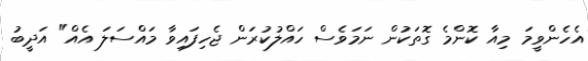
އެހެންވީމަ މިއާ ކޮންމެ ގޮތަކުން ނަމަވެސް ހައްލުކުރަން ޖެހިފައިވާ މައްސަލަ އެއް" އަދީބު